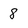
Character: 8